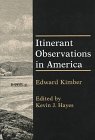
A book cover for Itinerant Observations in America; Edward Kimber; Travel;